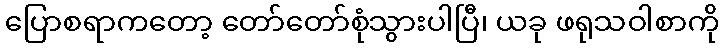
ပြောစရာကတော့ တော်တော်စုံသွားပါပြီ၊ ယခု ဖရုသဝါစာကို